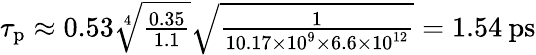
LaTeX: \begin{array}{r}{\tau_{\mathrm{p}}\approx 0.53\sqrt[4]{\frac{0.35}{1.1}}\sqrt{\frac{1}{10.17\times 10^{9}\times 6.6\times 10^{12}}}=1.54\: \mathrm{ps}}\end{array}